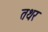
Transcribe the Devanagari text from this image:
तथर